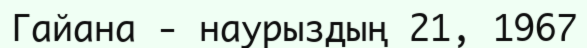
Гайана - наурыздың 21, 1967